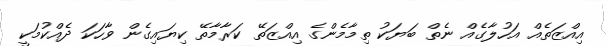
އިއްޒަތެއް އަހުލާގެއް ނެތް ބަޔަކު ތިމާމެންގެ އިއްޒަތޭ ކަރާމާތޭ ކިޔައިގެން ވާހަކަ ދެއްކުމަކީ